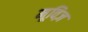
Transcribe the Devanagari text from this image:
मूविज़